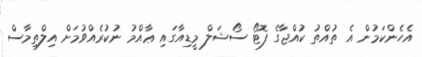
އެހެންކަމުން އެ ތުއްތު ކުއްޖާގެ ފޮޓޯ ސޯޝަލް މީޑިއާގައި ޢާއްމު ނުކުރެެއްވުމަށް އިލްތިމާސް